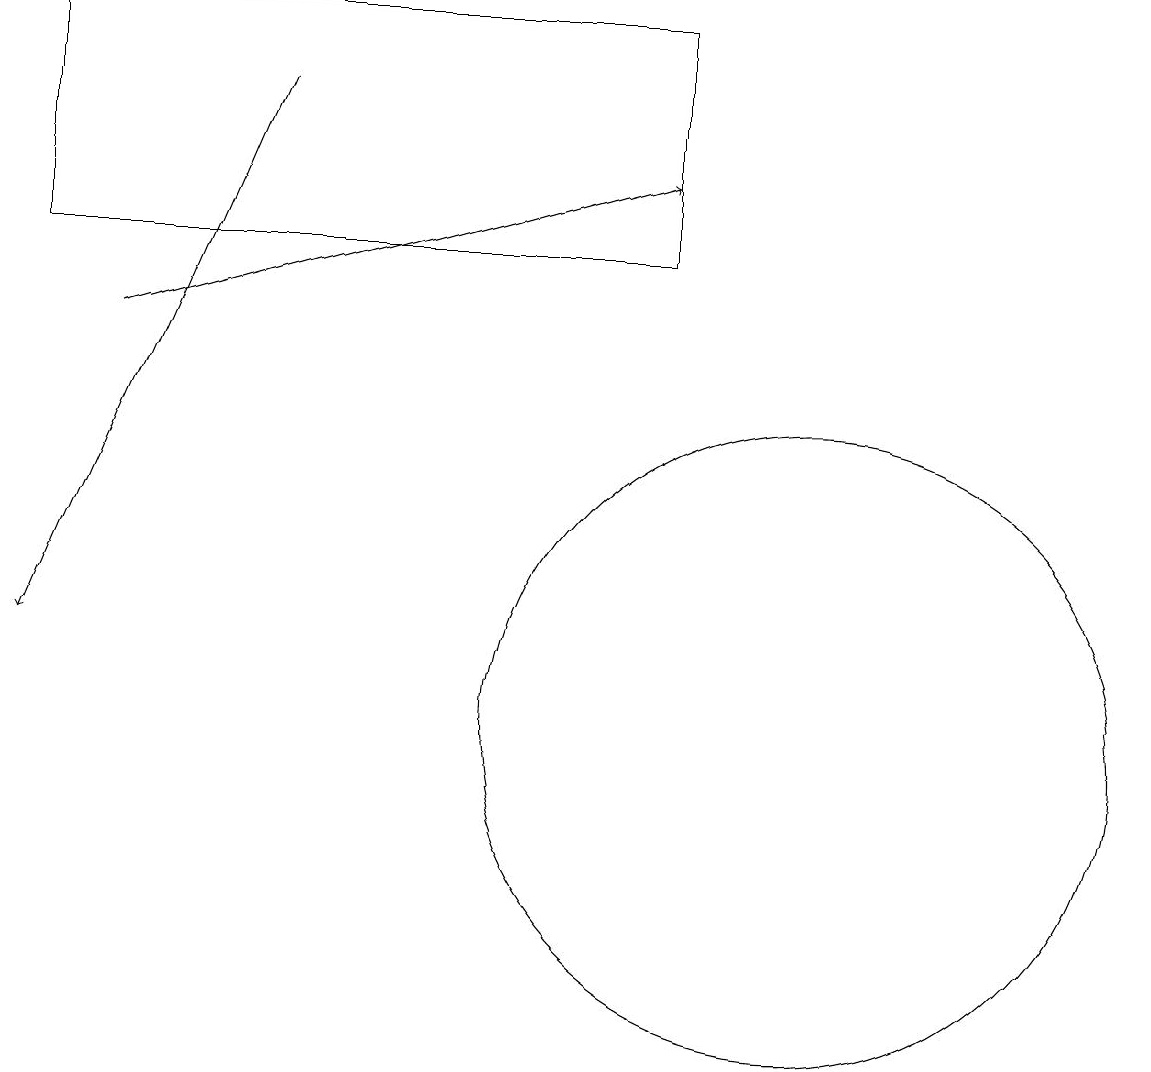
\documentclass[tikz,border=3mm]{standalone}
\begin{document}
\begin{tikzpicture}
\draw[->] (2,15) -- (9,17);
\draw (11,10) circle (4);
\draw (9,19) rectangle (1,16);
\draw[->] (4,18) -- (1,11);
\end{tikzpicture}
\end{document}